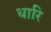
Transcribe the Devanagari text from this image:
धारि